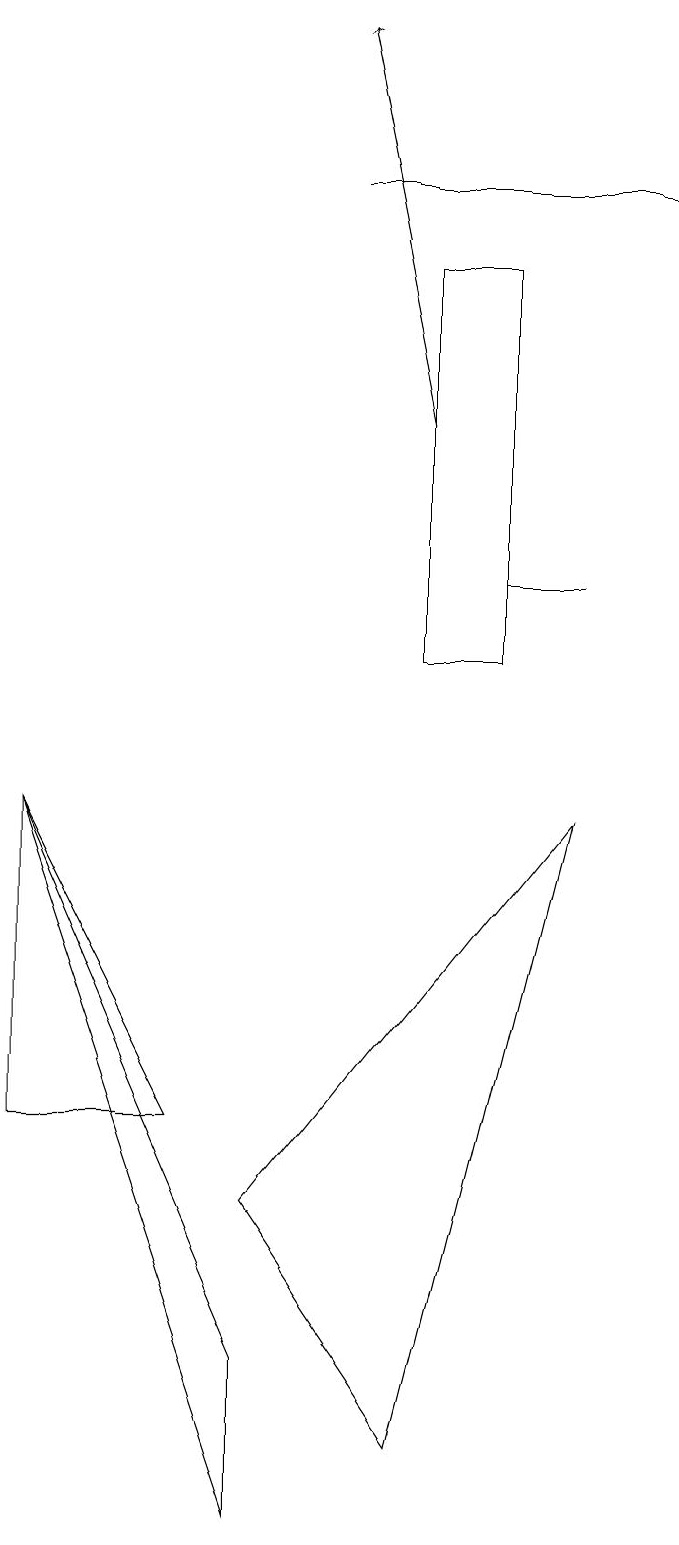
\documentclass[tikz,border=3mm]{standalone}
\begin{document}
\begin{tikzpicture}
\draw[->] (6,14) -- (5,19);
\draw (7,12) rectangle (8,12);
\draw (8,9) -- (6,1) -- (4,4) -- cycle;
\draw (7,16) rectangle (6,11);
\draw (4,2) -- (1,9) -- (4,0) -- cycle;
\draw (1,9) -- (3,5) -- (1,5) -- cycle;
\draw (5,17) rectangle (9,17);
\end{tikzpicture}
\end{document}